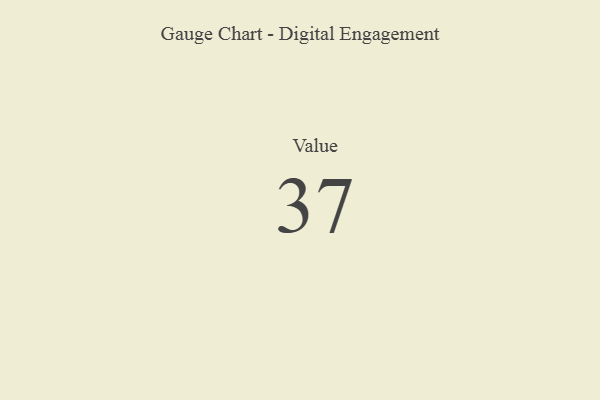
{"axis": {"x": "Metric", "y": "Value"}, "legend": [""], "data": [{"x": "Value", "y": 37, "type": ""}]}